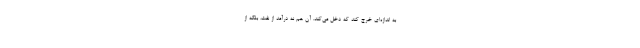
به اندازه‌ای خرج کند که دخل می‌کند. آن هم نه درآمد از نفت، بلکه از